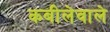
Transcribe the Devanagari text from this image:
कबीलेवाले